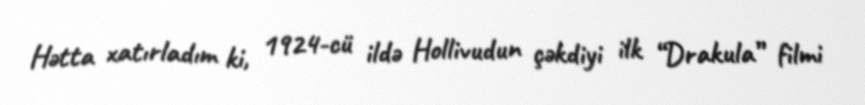
Hətta xatırladım ki, 1924-cü ildə Hollivudun çəkdiyi ilk “Drakula” filmi